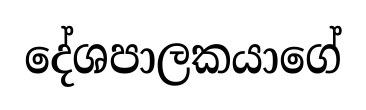
දේශපාලකයාගේ